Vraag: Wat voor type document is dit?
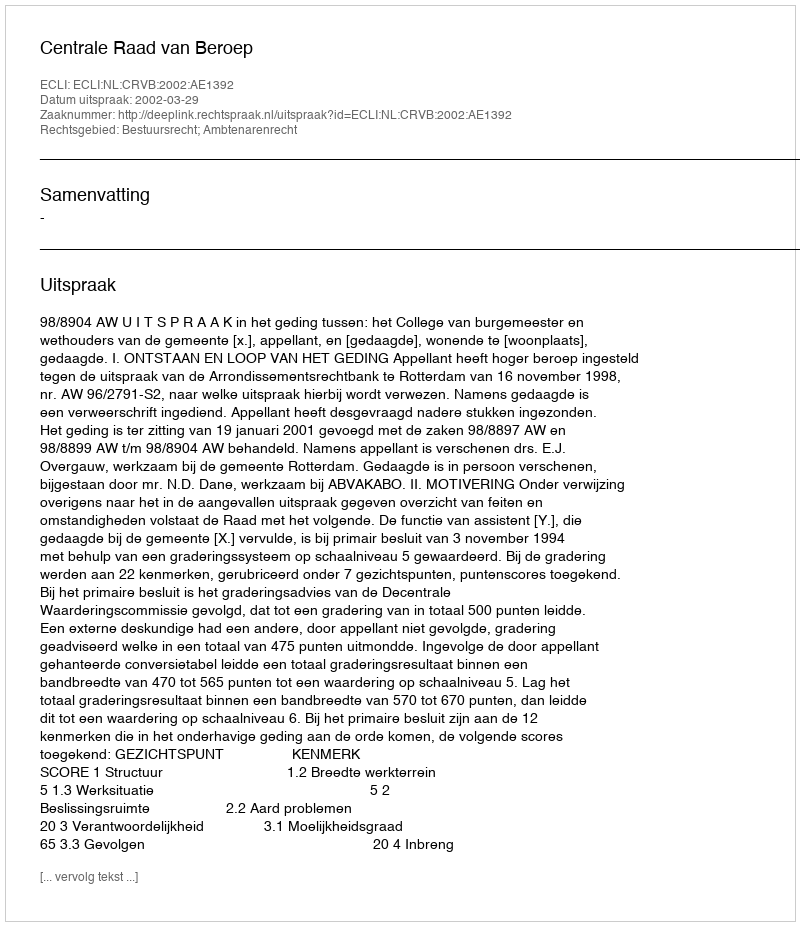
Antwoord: Uitspraak